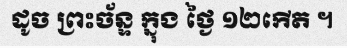
ដូច ព្រះច័ន្ទ ក្នុង ថ្ងៃ ១២កើត ។